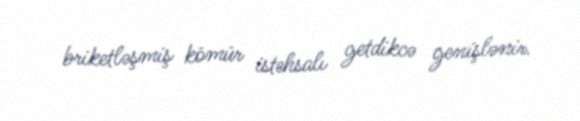
briketləşmiş kömür istehsalı getdikcə genişlənir.